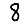
Digit: 8